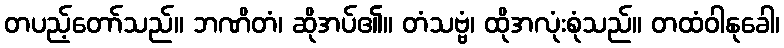
တပည့်တော်သည်။ ဘဏိတံ၊ ဆိုအပ်၏။ တံသဗ္ဗံ၊ ထိုအလုံးစုံသည်။ တထံဝါနုခေါ၊